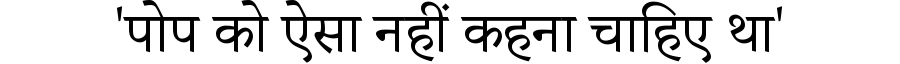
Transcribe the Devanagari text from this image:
'पोप को ऐसा नहीं कहना चाहिए था'